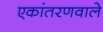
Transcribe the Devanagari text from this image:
एकांतरणवाले